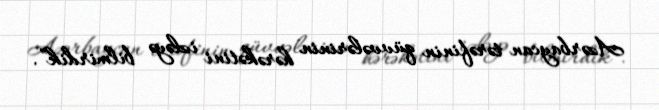
Azərbaycan tərəfinin qüvvələrinin hərəkətini izləyə bilmirdik”.